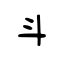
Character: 斗